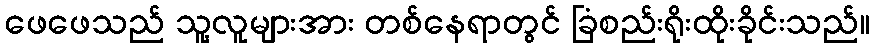
ဖေဖေသည် သူ့လူများအား တစ်နေရာတွင် ခြံစည်းရိုးထိုးခိုင်းသည်။